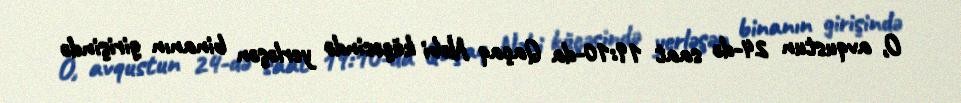
O, avqustun 24-də saat 19:10-da Qaçaq Nəbi küçəsində yerləşən binanın girişində